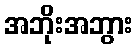
အဘိုးအဘွား